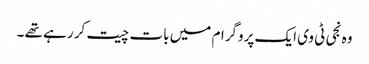
وہ نجی ٹی وی ایک پروگرام میں بات چیت کر رہے تھے ۔